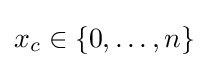
x_{c}\in \{0,\ldots ,n\}